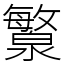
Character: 瀪